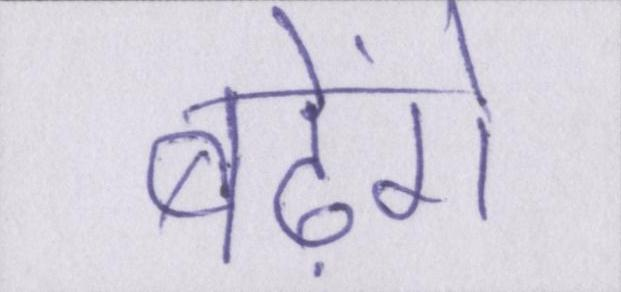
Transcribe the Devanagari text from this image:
बढ़ेंगे